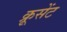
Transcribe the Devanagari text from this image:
क्रूसेंट